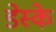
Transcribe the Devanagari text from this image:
डेस्के